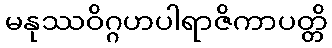
မနုဿဝိဂ္ဂဟပါရာဇိကာပတ္တိ